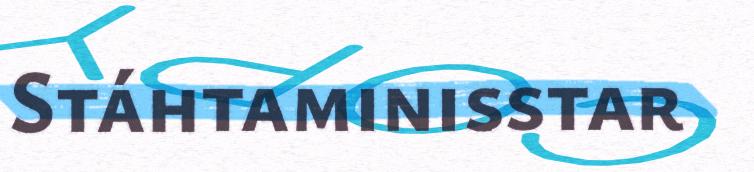
Stáhtaminisstar